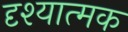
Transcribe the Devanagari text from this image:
दृश्‍यात्‍मक